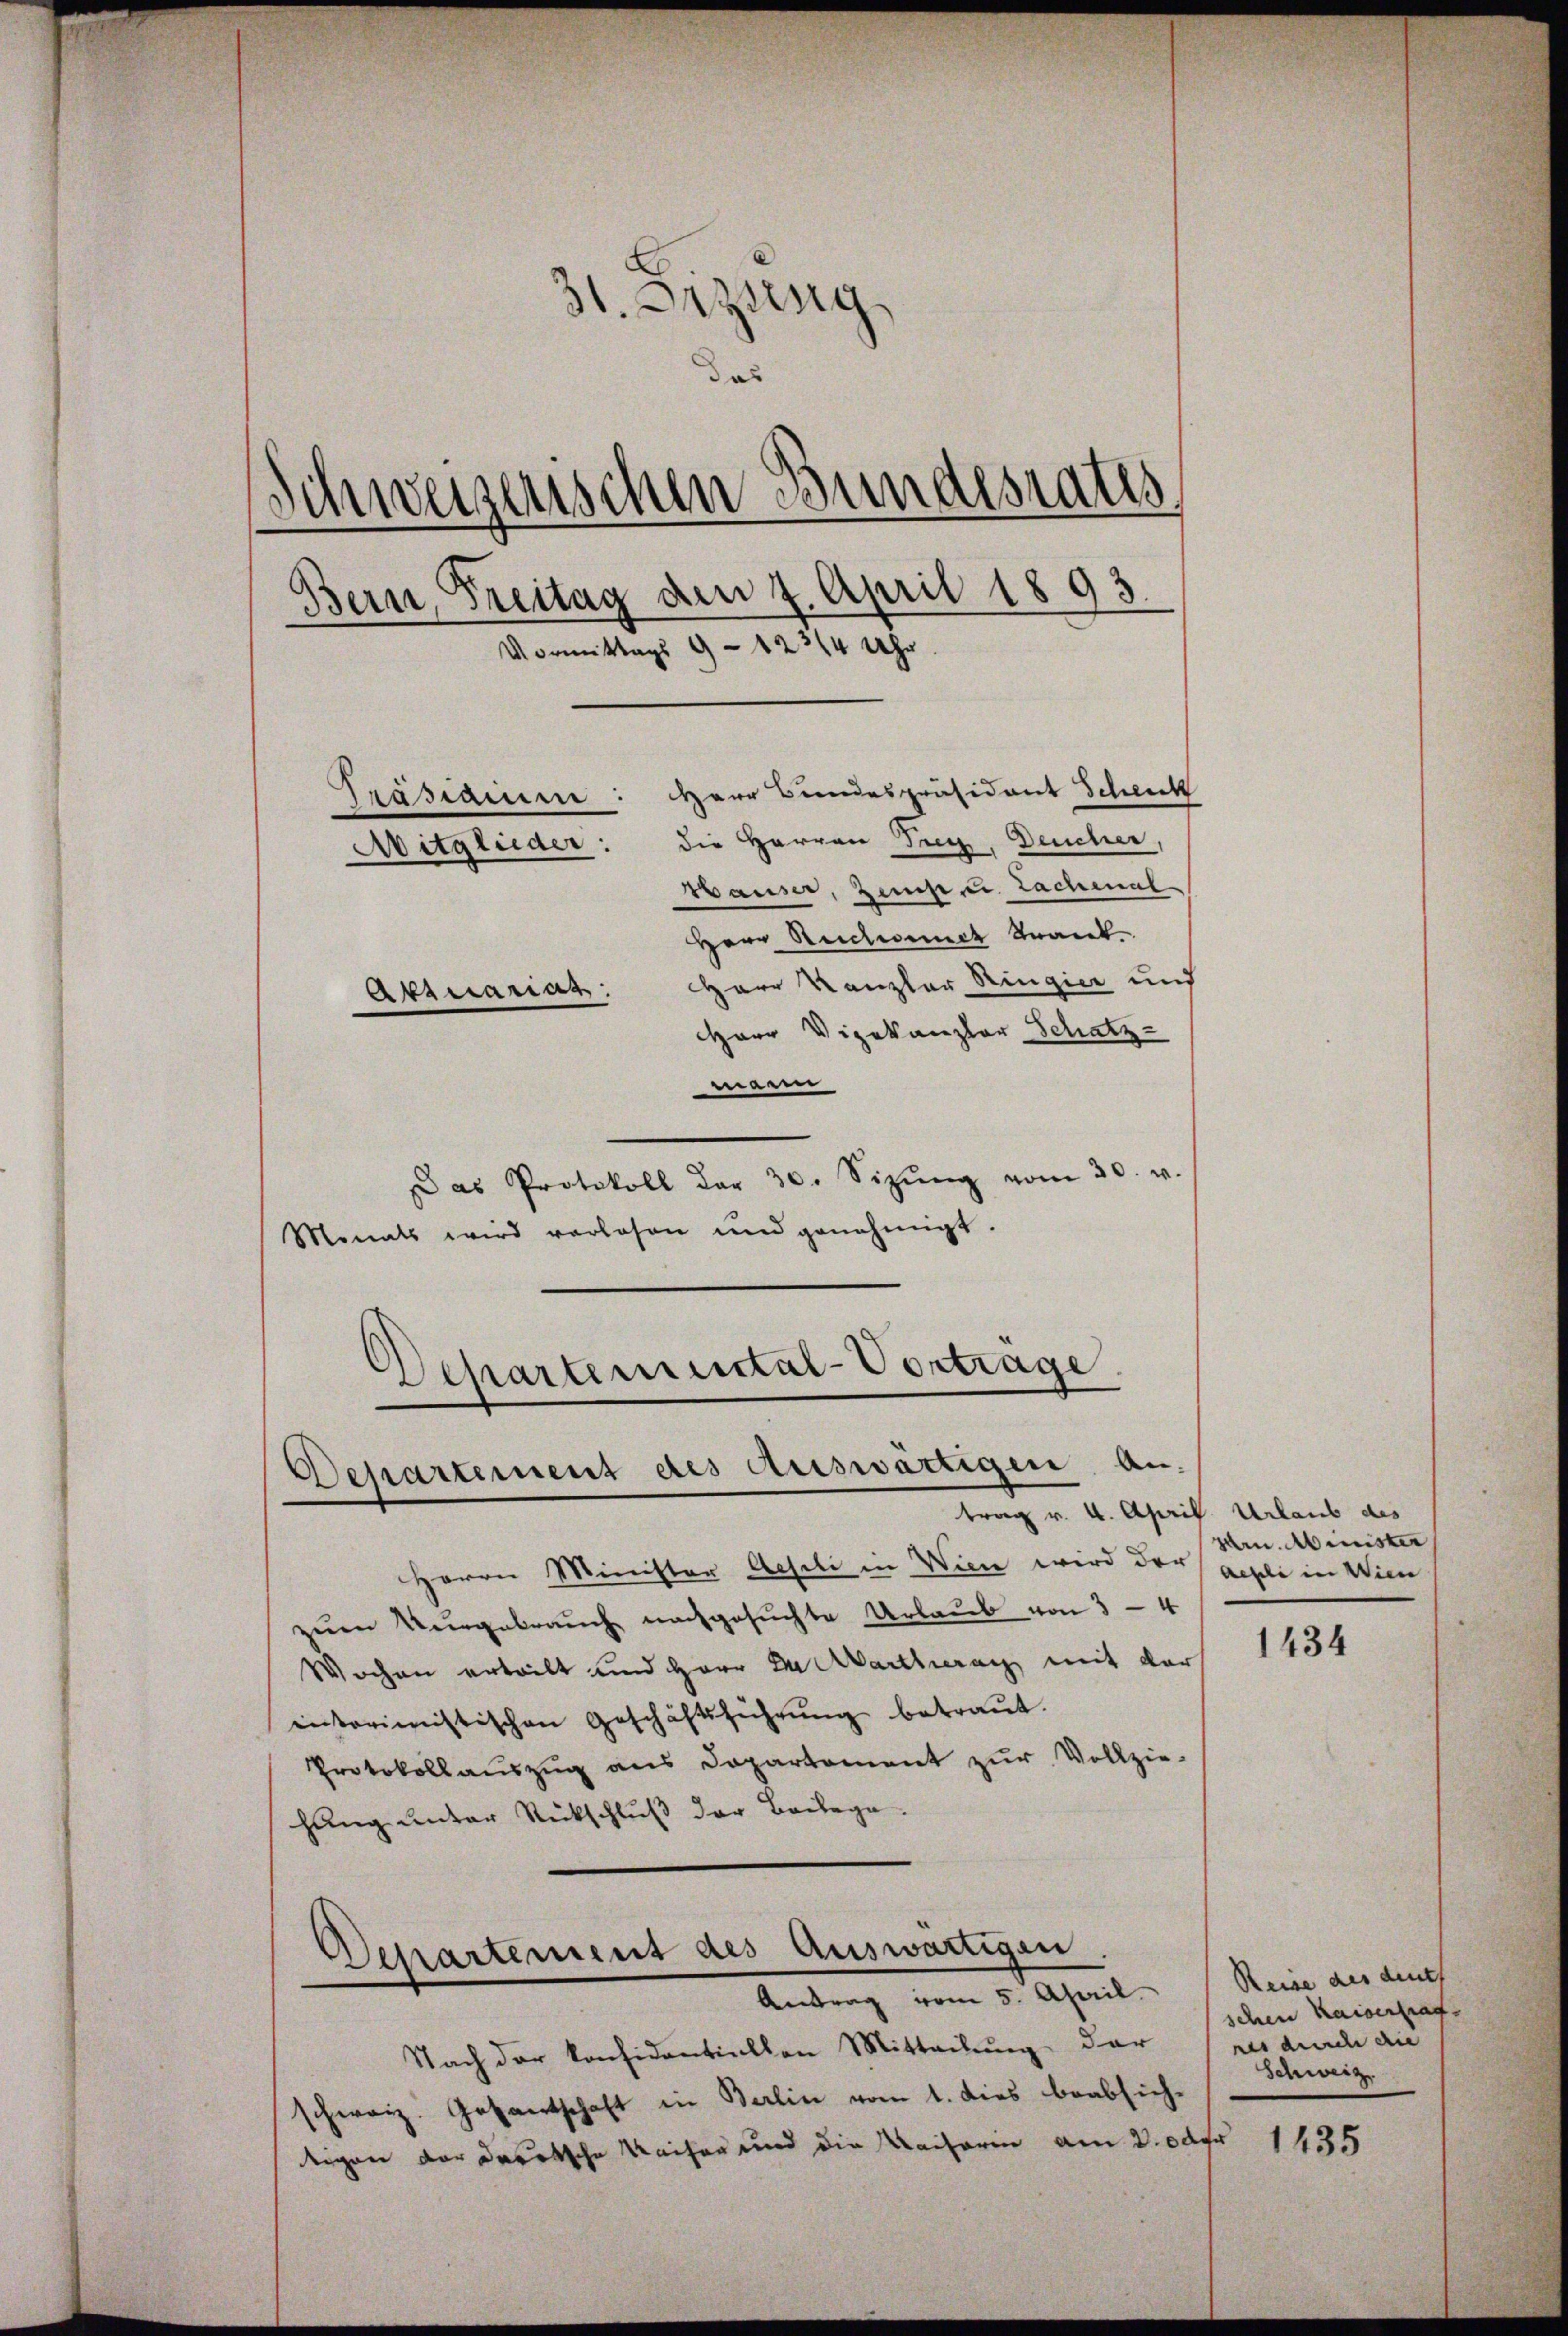
31. Sizzeng
das
Schweizerischen Bundesrates
Bern, Freitag den 4. April 1893
Vormittags 9 - 12314 Uhr
Präsidien: Herr Bundespräsident Scheick
Mitglieder: die Herren Frey, Deucher
Hauser, Zemp, u. Lachenal
Herr Ruchouch Krank
Herr Kanzler Ringier und
Aktuariag
HHerr Vizekanzler Schatz-

mann
Das Protokoll der 30. Sizŭng vom 30. v.
Monats wird verlesen und genehmigt.
Departemental-Vortrage.

Departement des Auswärtigen an.
trag v. 4. April Urlaub des

Herrn Minister Geseli in Wien wird der achte in Wien
zum Vergebrauch nachgesuchte Urlaub von 3-4
Wochen erteilt und Herr Dr Martheranz mit der
interimistischen Geschäftsführŭng betraŭt.
Protokollaŭszŭg ans Departament zŭr Vollzie-
hung unter Rückschluß der Beilage

Separtement des Auswärtigen
Antrag vom 5. April.

Nach der Konsidentiellen Mitteilung der
schweiz. Gesantschaft in Berlin vom 1. dies beabsich-
tigen der dortsche Kaiser und die Kaiserin am 2. 0dgr

Hrn. Minister

1434

Reise des denkt
schen Kaiserfrag
res durch die |
Schweiz.

1435